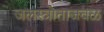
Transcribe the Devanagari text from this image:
जलस्त्रोताजवळ